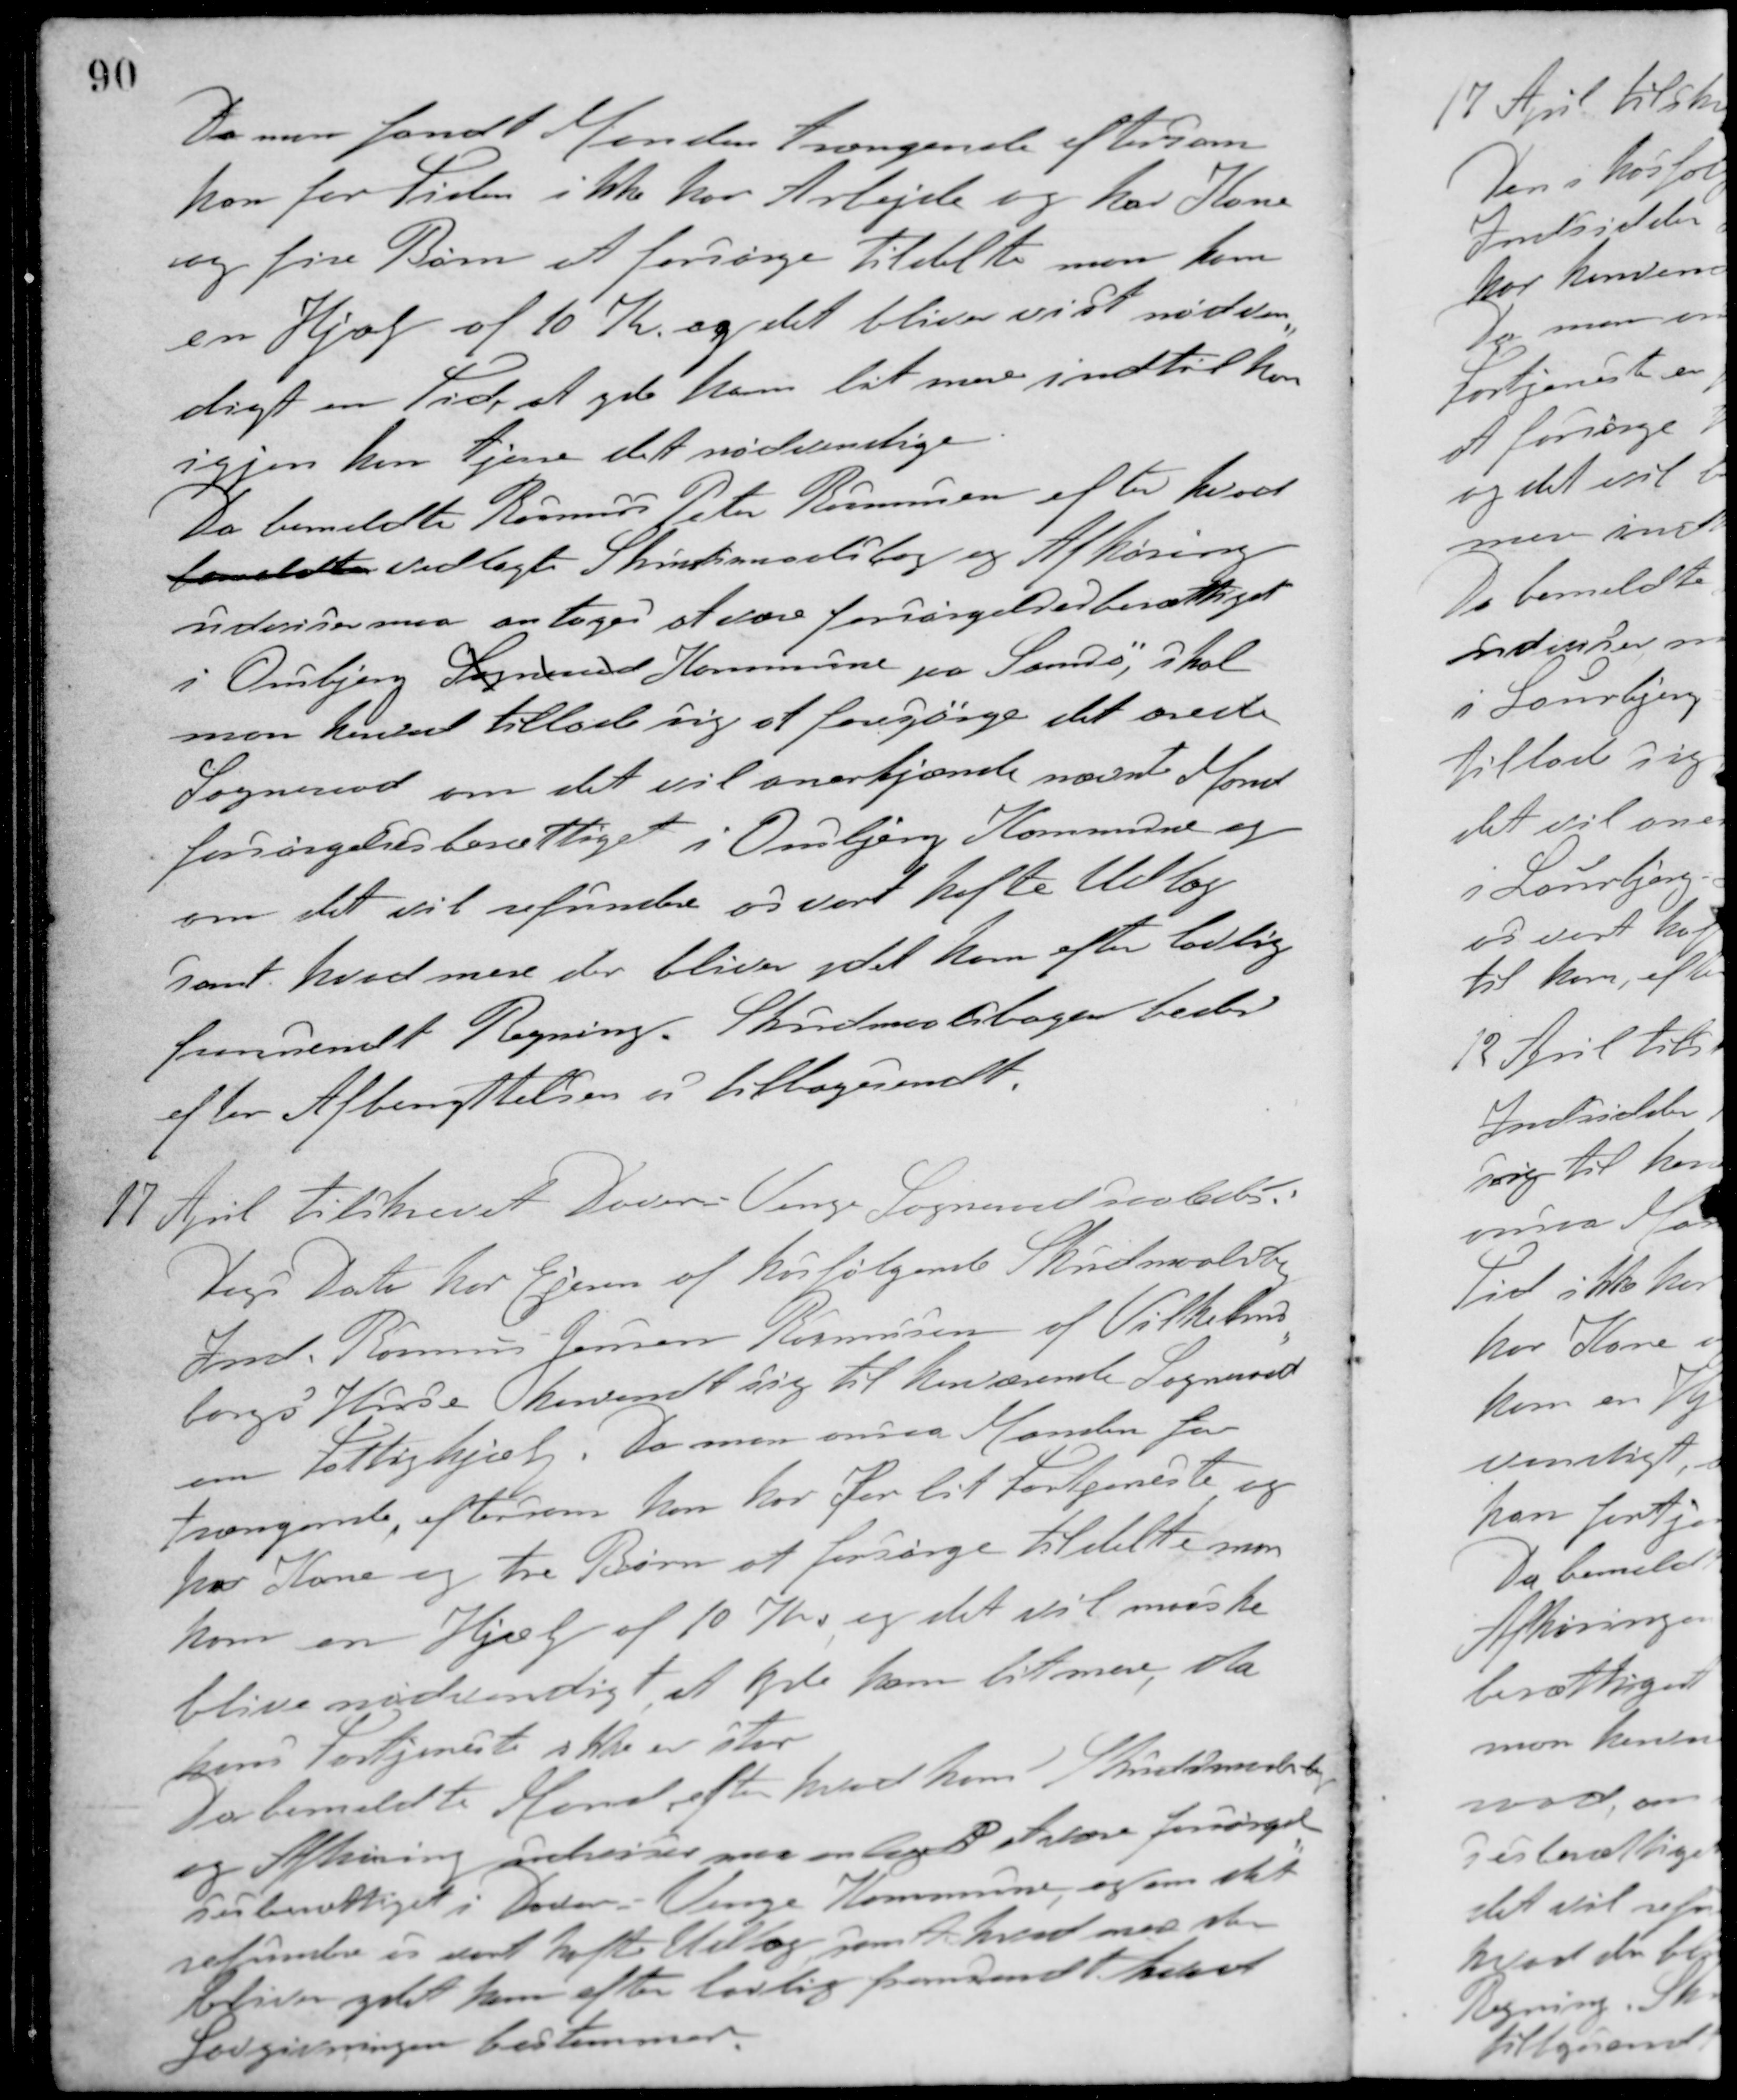
Transskription:
Da man fandt Manden trængende eftersom
han for Tiden ikke har Arbejde og har Kone
og fire Børn at forsørge tildelte man ham
en Hjælp af 10 Kr. og det bliver vist nødven-
digt en Tid at yde ham lidt mere indtil han
igjen kan tjene det nødvendige.
Da bemeldte Rasmus Peter Rasmussen efter hvad
fandtes vedlagte Skudsmaalsbog og Afhøring
udviser maa antages at være forsørgelsesberettiget
i Onsbjerg Sogneraad Kommune paa Samsø, skal
man herved tillade sig at forespørge det ærede
Sogneraad om det vil anerkjende nævnte Mand
forsørgelsesberettiget i Onsbjerg Kommune og
om det vil refundere os vort hafte Udlæg
samt hvad mere der bliver ydet ham efter lovlig
fremsendt Regning. Skudsmaalsbogen bedes
efter Afbenyttelsen os tilbagesendt.
17 April tilskrevet Dover-Venge Sogneraad saaledes:
Dags Dato har Ejeren af hosfølgende Skudsmaalsbog
Ind. Rasmus Jensen Rasmussen af Vilhelms-
borgs Huse henvendt sig til herværende Sogneraad
om Fattighjælp. Da man ansaa Manden for
trængende, eftersom han har for lit Fortjeneste og
har Kone og tre Børn at forsørge tildelte man
ham en Hjælp af 10 Kr. og det vil maaske
blive nødvendigt, at yde ham lidt mere, da
hans Fortjeneste ikke er stor.
Da bemeldte Mand efter hvad hans Skudsmaalsbog
og Afhøring udviser maa antages at være forsørgel-
sesberettiget i Dover-Venge Kommune, og om stik
refundere os vort hafte Udlæg samt hvad maaske
bliver ydet ham efter lovlig fremsendt hvad
Lovgivningen bestemmer.